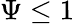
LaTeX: \Psi\leq 1